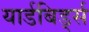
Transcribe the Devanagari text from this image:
यार्डबिर्ड्स